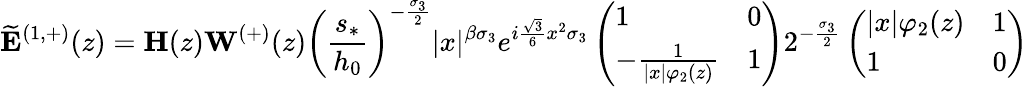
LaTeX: \widetilde{\mathbf{E}}^{(1,+)}(z)=\mathbf{H}(z)\mathbf{W}^{(+)}(z)\left(\frac{s_{*}}{h_{0}}\right)^{-\frac{\sigma_{3}}{2}}|x|^{{\beta}\sigma_{3}}e^{i\frac{\sqrt{3}}{6}x^{2}\sigma_{3}}\left(\begin{array}{ll}{1}&{0}\\ {-\frac{1}{|x|\varphi_{2}(z)}}&{1}\end{array}\right)2^{-\frac{\sigma_{3}}{2}}\left(\begin{array}{ll}{|x|\varphi_{2}(z)}&{1}\\ {1}&{0}\end{array}\right)